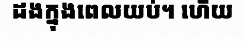
ដងក្នុងពេលយប់។ ហើយ